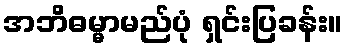
အဘိဓမ္မာမည်ပုံ ရှင်းပြခန်း။